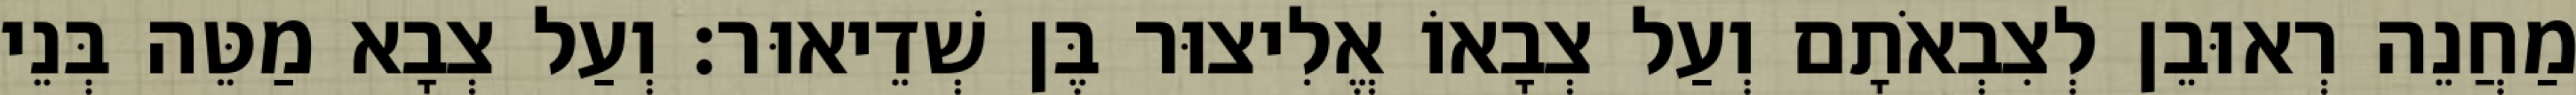
מַחֲנֵה רְאוּבֵן לְצִבְאֹתָם וְעַל צְבָאוֹ אֱלִיצוּר בֶּן שְׁדֵיאוּר׃ וְעַל צְבָא מַטֵּה בְּנֵי